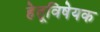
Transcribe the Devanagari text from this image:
हेतूविषेयक